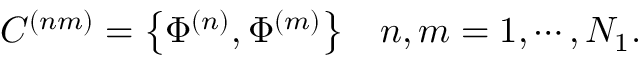
\begin{array} { l r } { { C ^ { ( n m ) } = \left\{ \Phi ^ { ( n ) } , \Phi ^ { ( m ) } \right\} } } & { { n , m = 1 , \cdots , N _ { 1 } . } } \end{array}